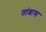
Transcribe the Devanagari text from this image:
तांब्रास